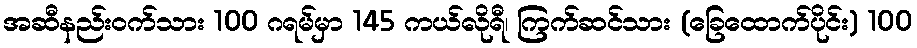
အဆီနည်း၀က်သား 100 ဂရမ်မှာ 145 ကယ်လိုရီ၊ ကြက်ဆင်သား (ခြေထောက်ပိုင်း) 100